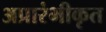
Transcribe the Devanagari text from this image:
अप्रारंभीकृत